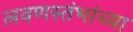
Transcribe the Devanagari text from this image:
लवणस्तंभांच्या